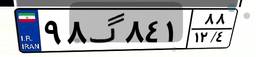
۳۶گ۶۳۲۵۵